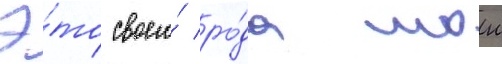
Э́то своего́ ро́да мои